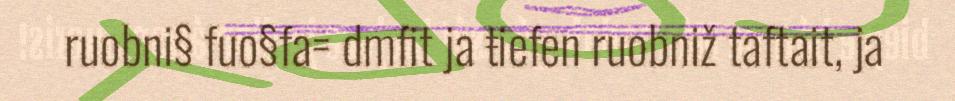
ruobni§ fuo§fa= dmfit ja ŧiefen ruobniž taftait, ja